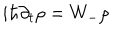
i \hbar \partial _ { t } \rho = W _ { - } \rho